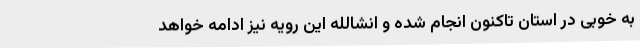
به خوبی در استان تاکنون انجام شده و انشالله این رویه نیز ادامه خواهد